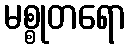
မစ္စုတရော